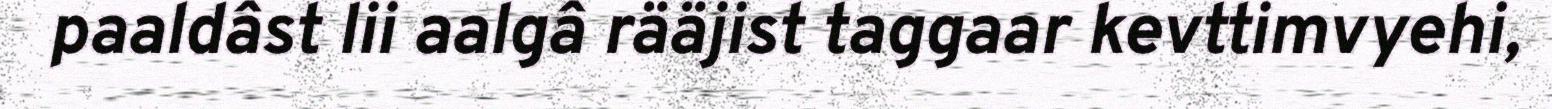
paaldâst lii aalgâ rääjist taggaar kevttimvyehi,